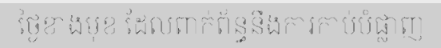
ថ្ងៃខាងមុខ ដែលពាក់ព័ន្ធនឹងការកាប់បំផ្លាញ